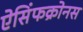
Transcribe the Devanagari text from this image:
ऐसिंफक्रोनस